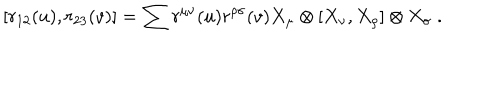
LaTeX: [ r _ { 1 2 } ( u ) , r _ { 2 3 } ( v ) ] = \sum r ^ { \mu \nu } ( u ) r ^ { \rho \sigma } ( v ) X _ { \mu } \otimes [ X _ { \nu } , X _ { \rho } ] \otimes X _ { \sigma } ~ .